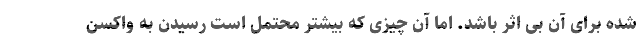
شده برای آن بی اثر باشد. اما آن چیزی که بیشتر محتمل است رسیدن به واکسن